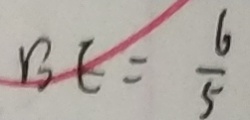
B E = \frac { 6 } { 5 }